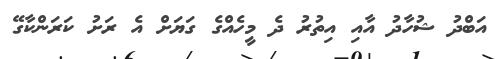
އަބްދު ޝުހާދު އާއި އިތުރު ދެ މީހެއްގެ ގަޔަށް އެ ރަށު ކަރަންކާގޭ